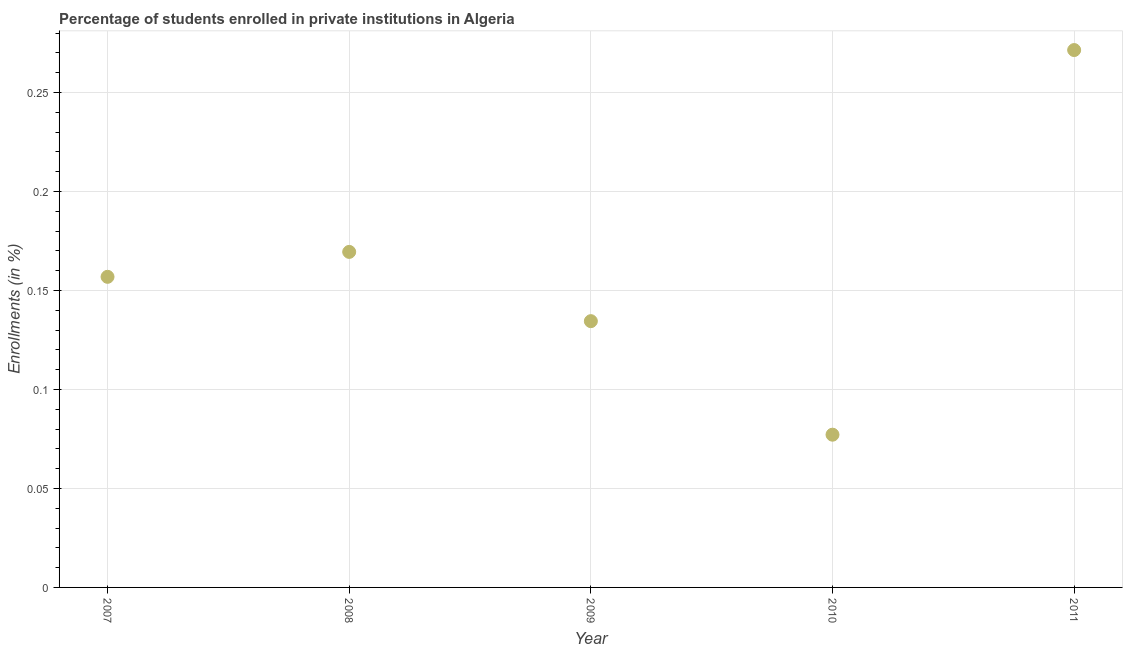
| Year | Enrollments |
 | --- | --- |
 | 2007 | 0.157 |
 | 2008 | 0.169 |
 | 2009 | 0.134 |
 | 2010 | 0.0771 |
 | 2011 | 0.271 |